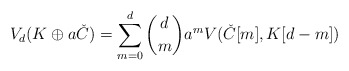
\begin{align*}V_d({K}\oplus a\check{C}) = \sum_{m=0}^d \binom{d}{m}a^m V(\check{C}[m],K[d-m])\end{align*}